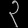
Digit: ၃